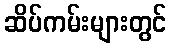
ဆိပ်ကမ်းများတွင်